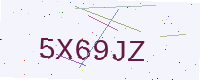
Text: 5X69JZ